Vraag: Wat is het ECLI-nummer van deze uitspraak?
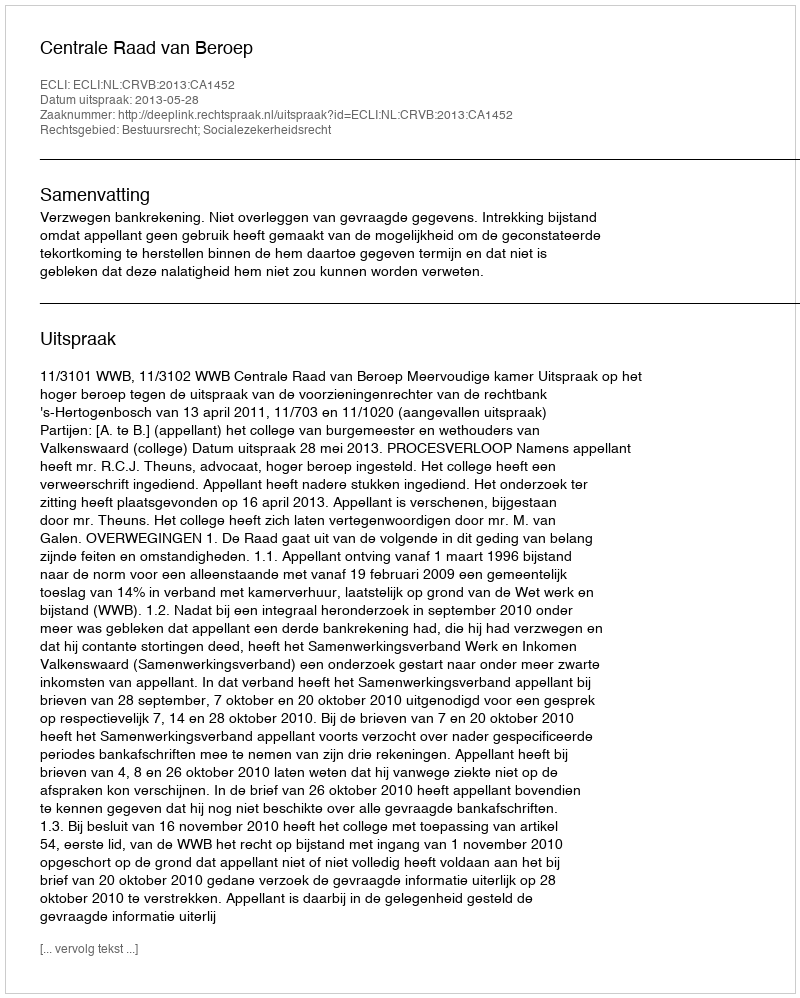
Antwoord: ECLI:NL:CRVB:2013:CA1452